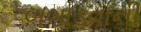
બગાડવાની